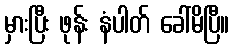
မှားပြီး ဖုန်း နံပါတ် ခေါ်မိပြီ။